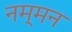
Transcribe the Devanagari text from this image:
नम्मन